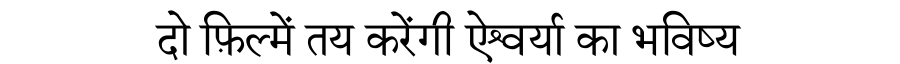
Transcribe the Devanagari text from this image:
दो फ़िल्में तय करेंगी ऐश्वर्या का भविष्य